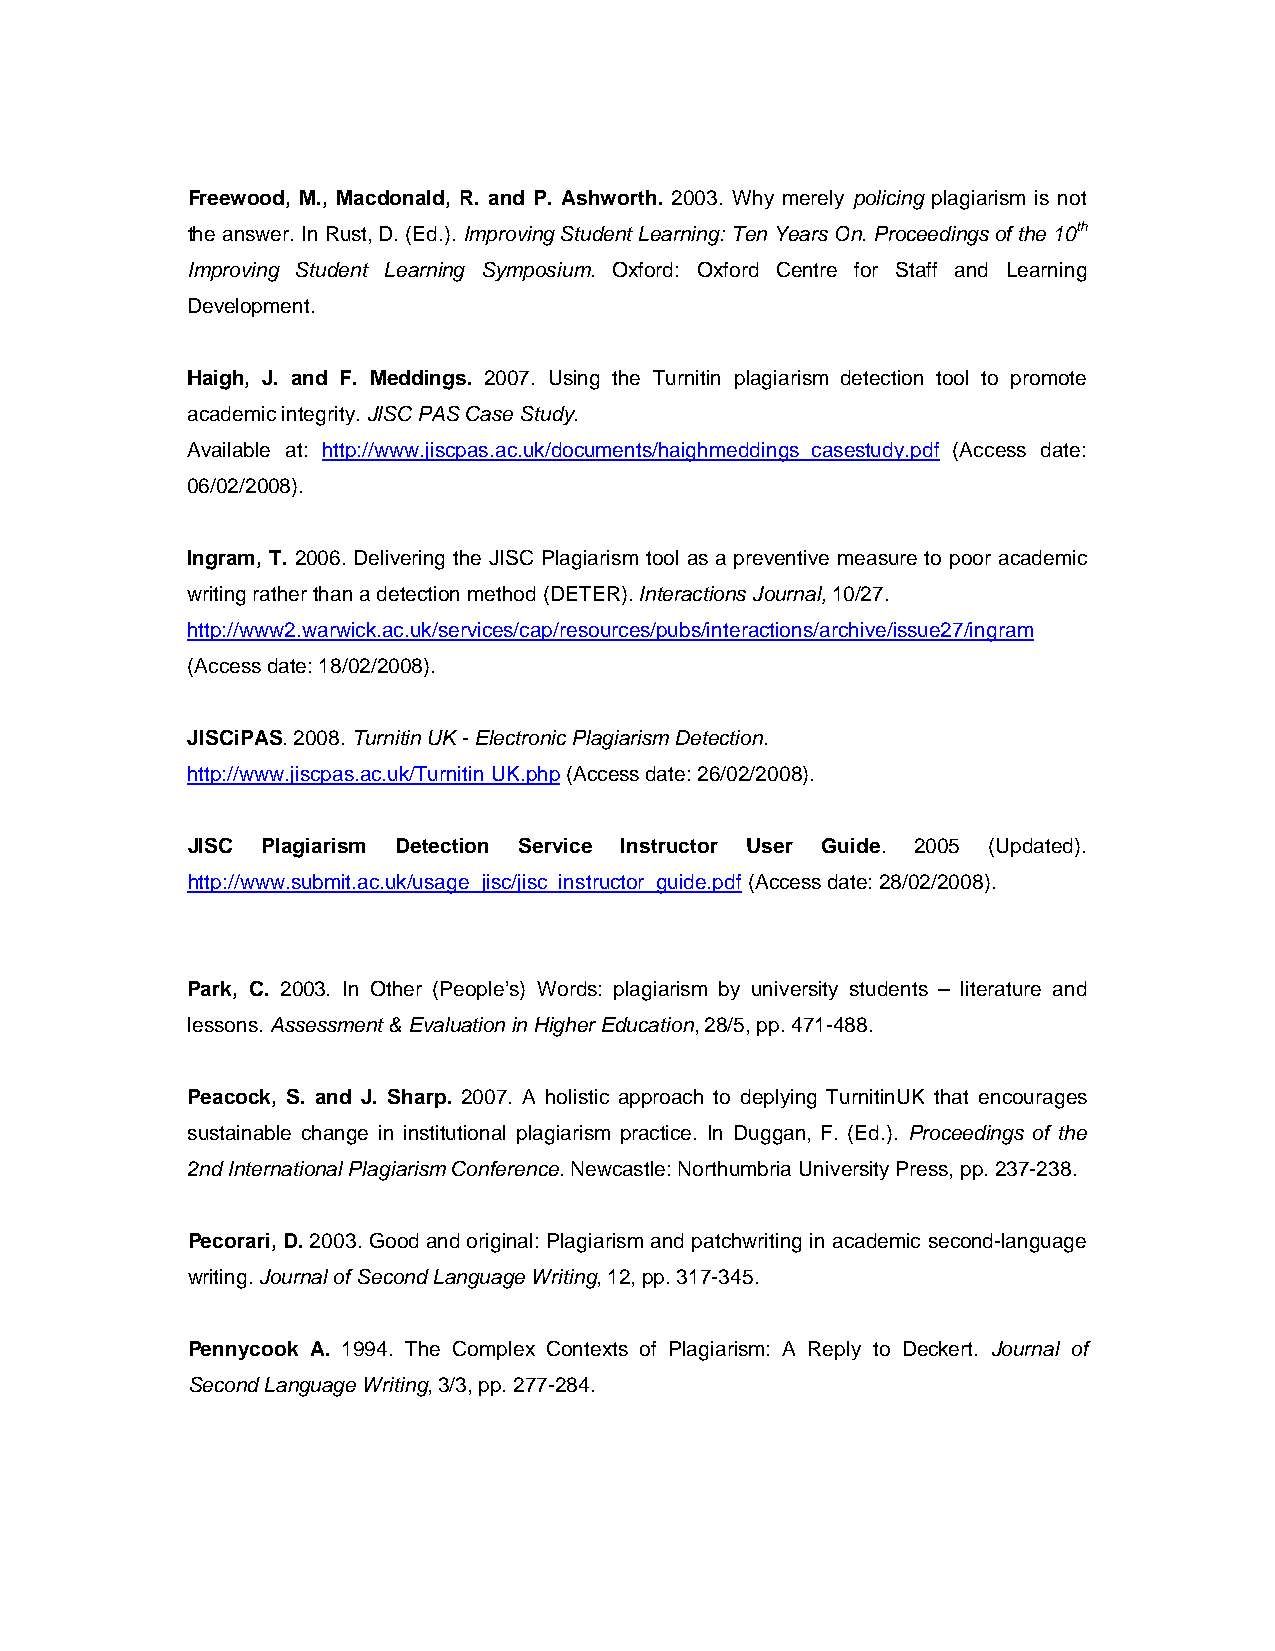
Freewood, M., Macdonald, R. and P. Ashworth. 2003. Why merely policing plagiarism is not
 the answer. In Rust, D. (Ed.). Improving Student Learning: Ten Years On. Proceedings of the 10th
 Improving Student Learning Symposium. Oxford: Oxford Centre for Staff and Learning
 Development.
 Haigh, J. and F. Meddings. 2007. Using the Turnitin plagiarism detection tool to promote
 academic integrity. JISC PAS Case Study.
 Available at: http://www.jiscpas.ac.uk/documents/haighmeddings_casestudy.pdf (Access date:
 06/02/2008).
 Ingram, T. 2006. Delivering the JISC Plagiarism tool as a preventive measure to poor academic
 writing rather than a detection method (DETER). Interactions Journal, 10/27.
 http://www2.warwick.ac.uk/services/cap/resources/pubs/interactions/archive/issue27/ingram
 (Access date: 18/02/2008).
 JISCiPAS. 2008. Turnitin UK - Electronic Plagiarism Detection.
 http://www.jiscpas.ac.uk/Turnitin UK.php (Access date: 26/02/2008).
 JISC Plagiarism Detection Service Instructor User Guide. 2005 (Updated).
 http://www.submit.ac.uk/usage_jisc/jisc_instructor_guide.pdf (Access date: 28/02/2008).
 Park, C. 2003. In Other (People’s) Words: plagiarism by university students – literature and
 lessons. Assessment & Evaluation in Higher Education, 28/5, pp. 471-488.
 Peacock, S. and J. Sharp. 2007. A holistic approach to deplying TurnitinUK that encourages
 sustainable change in institutional plagiarism practice. In Duggan, F. (Ed.). Proceedings of the
 2nd International Plagiarism Conference. Newcastle: Northumbria University Press, pp. 237-238.
 Pecorari, D. 2003. Good and original: Plagiarism and patchwriting in academic second-language
 writing. Journal of Second Language Writing, 12, pp. 317-345.
 Pennycook A. 1994. The Complex Contexts of Plagiarism: A Reply to Deckert. Journal of
 Second Language Writing, 3/3, pp. 277-284.